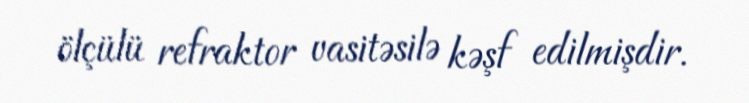
ölçülü refraktor vasitəsilə kəşf edilmişdir.